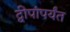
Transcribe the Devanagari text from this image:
द्वीपांपर्यंत